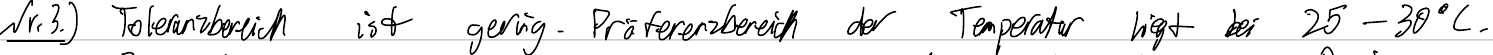
Nr.3.) Toleranzbereich ist gering. Präferenzbereich der Temperatur liegt bei 25 - 30°C.